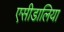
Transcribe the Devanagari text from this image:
एसीडालिया